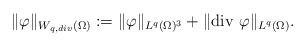
LaTeX: \begin{align*}\|\varphi\|_{W_{q, div } (\Omega)} := \|\varphi\|_{L^{q}(\Omega)^{3}} + \|\mathrm{div} \ \varphi \|_{L^{q}(\Omega)}.\end{align*}